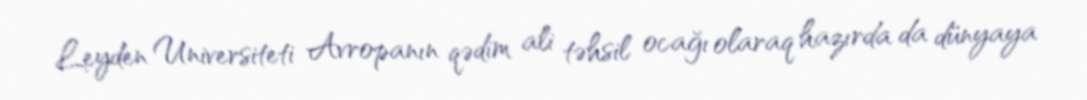
Leyden Universiteti Avropanın qədim ali təhsil ocağı olaraq hazırda da dünyaya